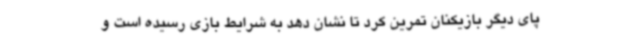
پای دیگر بازیکنان تمرین کرد تا نشان دهد به شرایط بازی رسیده است و